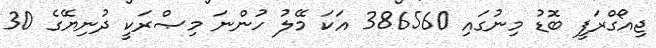
ޖިއޯގްރަފީ ބޮޑު މިނުގައި 386560 އަކަ މޭލު ހުންނަ މިޞްރަކީ ދުނިޔޭގެ 30